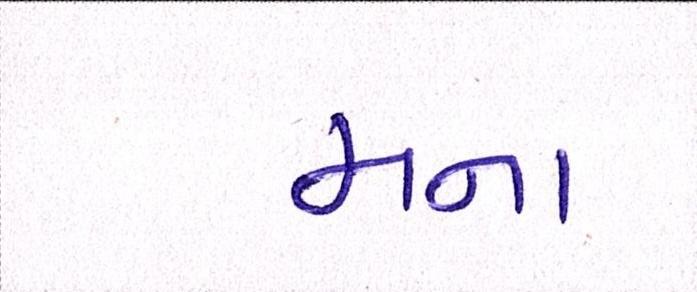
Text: મના